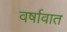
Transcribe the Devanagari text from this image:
वर्षावात